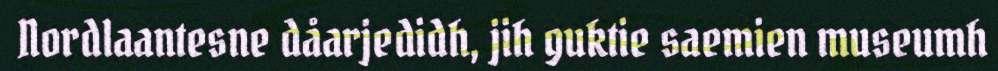
Nordlaantesne dåarjedidh, jih guktie saemien museumh